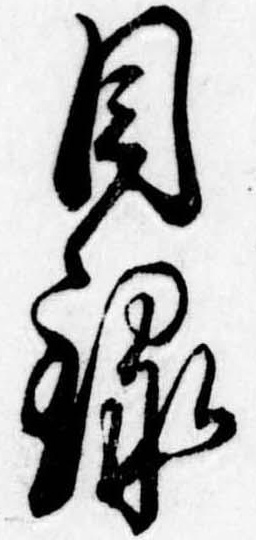
目録